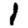
Digit: 1